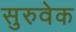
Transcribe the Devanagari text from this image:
सुरुवेक